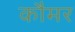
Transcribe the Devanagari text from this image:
कौमर